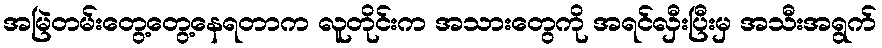
အမြဲတမ်းတွေ့တွေ့နေရတာက လူတိုင်းက အသားတွေကို အရင်လှီးပြီးမှ အသီးအရွက်